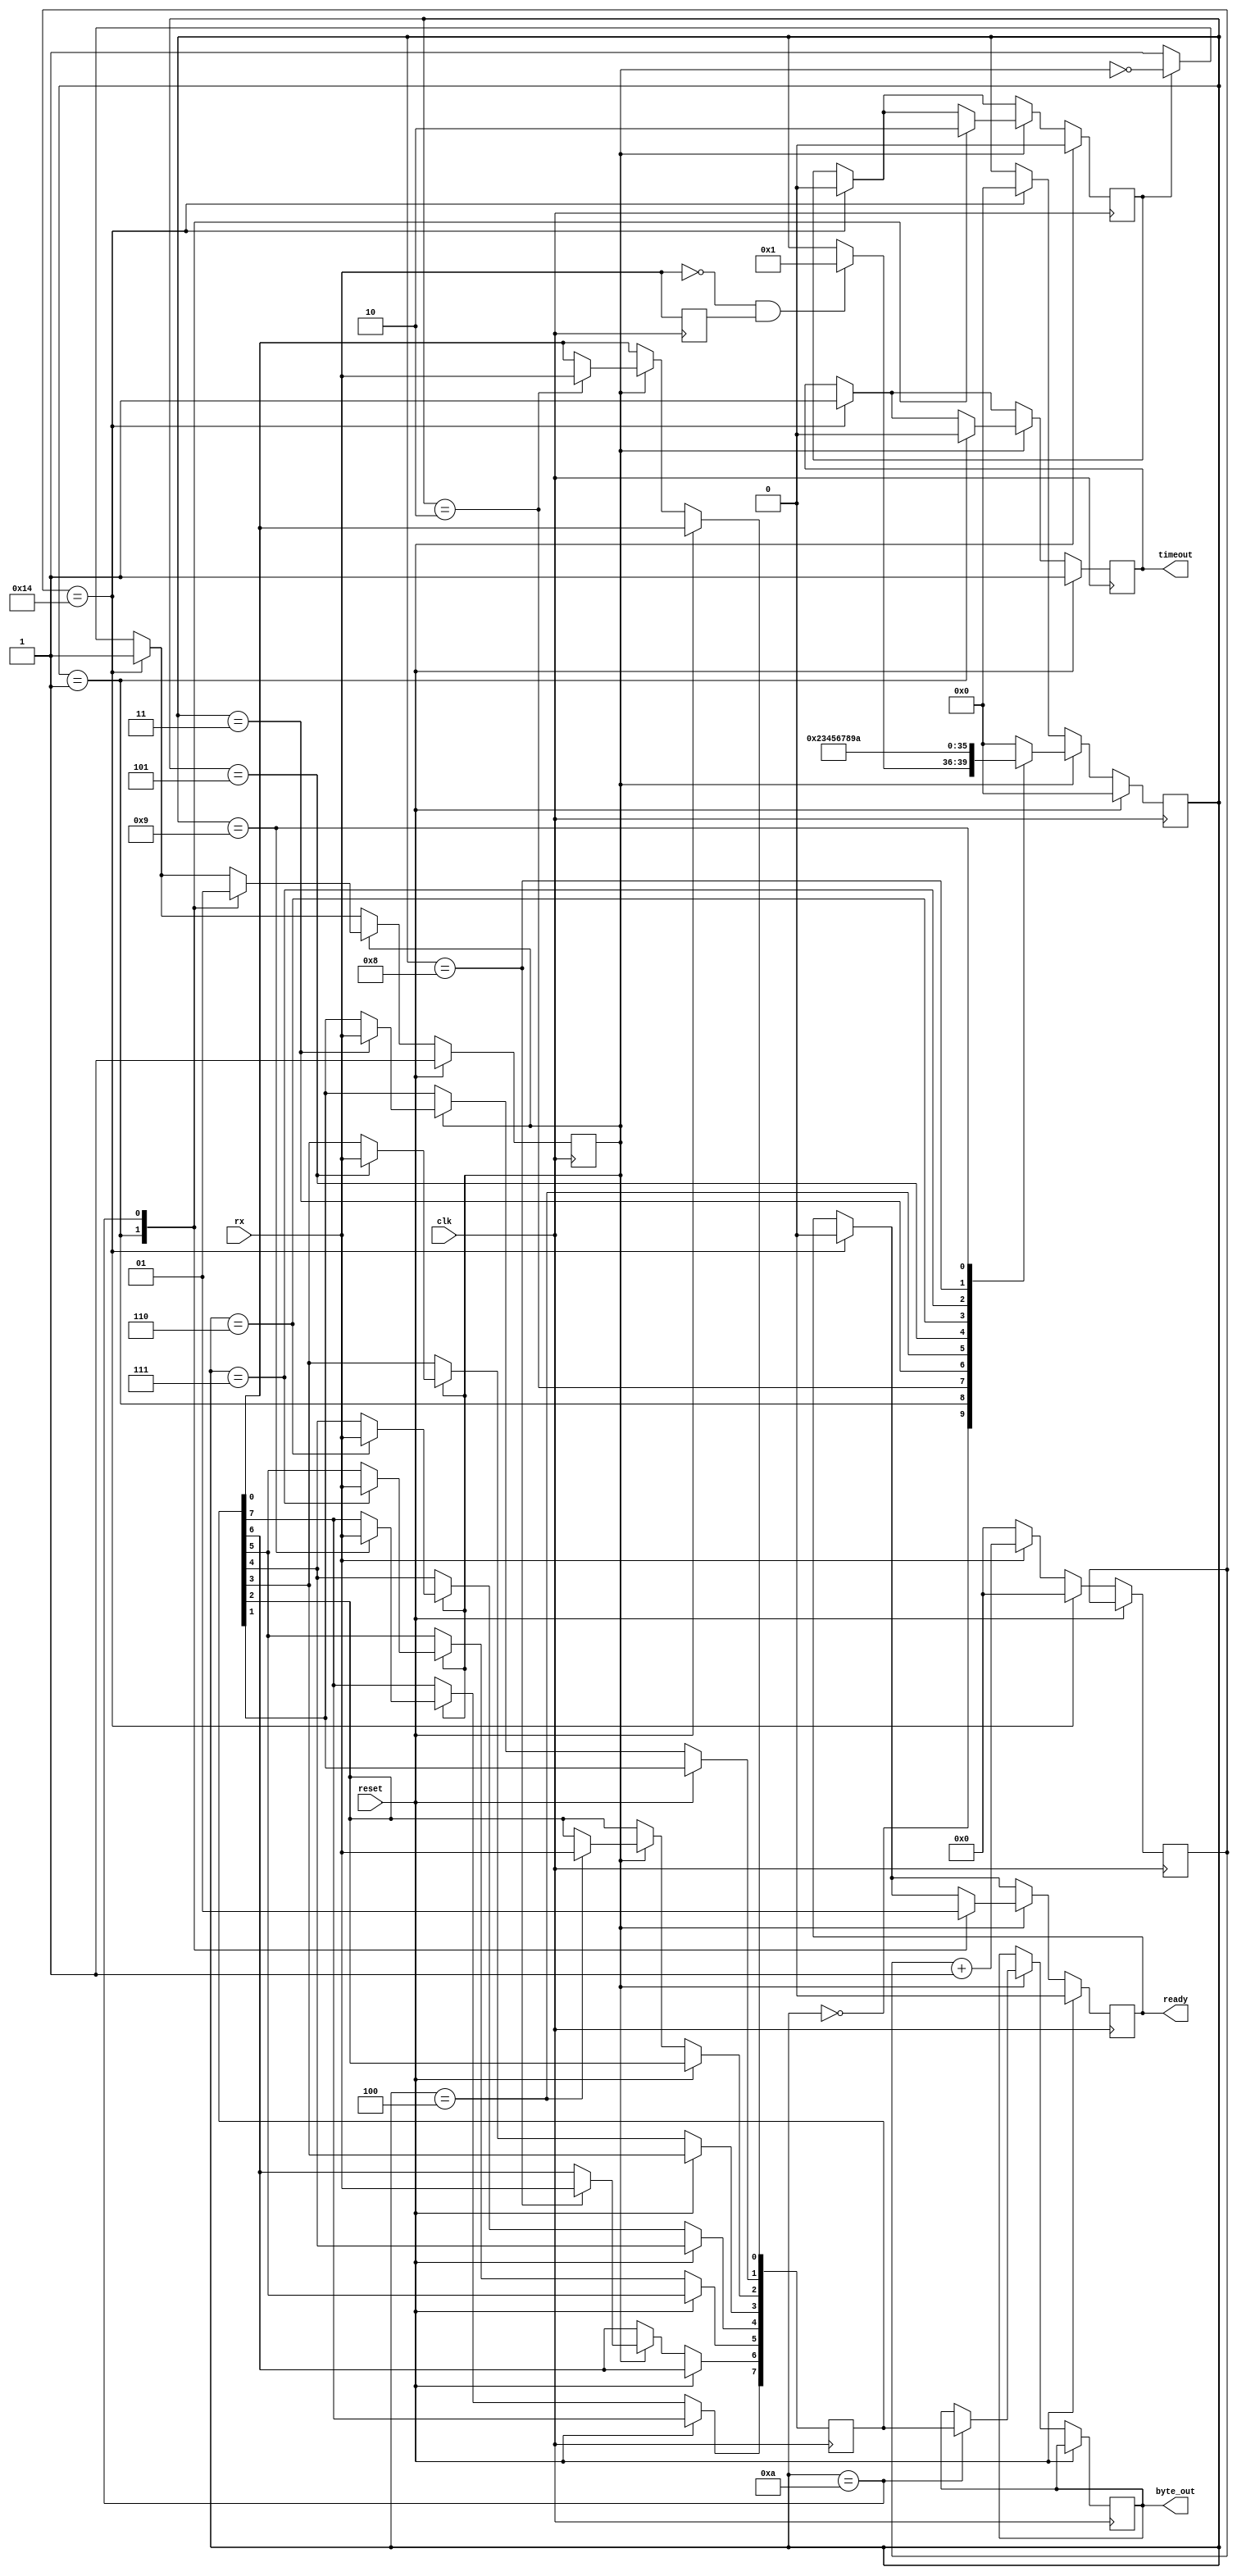
module serial_receiver (clk, rx, reset, byte_out, ready, timeout);

input clk, rx, reset;

output reg [7:0] byte_out;
output reg       ready, timeout;

localparam [4:0] MAX_DELAY = 5'b10100;

localparam [3:0] IDLE  = 4'b0000;
localparam [3:0] START = 4'b0001;
localparam [3:0] ST_0  = 4'b0010;
localparam [3:0] ST_1  = 4'b0011;
localparam [3:0] ST_2  = 4'b0100;
localparam [3:0] ST_3  = 4'b0101;
localparam [3:0] ST_4  = 4'b0110;
localparam [3:0] ST_5  = 4'b0111;
localparam [3:0] ST_6  = 4'b1000;
localparam [3:0] ST_7  = 4'b1001;
localparam [3:0] STOP  = 4'b1010;

reg [7:0] byte_bf   = 8'h00;
reg [3:0] state     = 4'b0000;
reg [4:0] delay_cnt = 5'b00000;

reg pre_strb        = 1'b0;
reg parity_clk      = 1'b0;
reg receiv_flg      = 1'b0;


always @(posedge  clk) begin
	pre_strb <= rx;
	
	if(reset) begin
		ready <= 1'b0;
		timeout <= 1'b1;
		parity_clk <= 1'b1;
		receiv_flg <= 1'b0;
		state <= IDLE;
	end
	else begin
		if(receiv_flg)
			parity_clk <= ~parity_clk;
		else
			parity_clk <= 1'b1;
			
		if(rx)
			delay_cnt <= delay_cnt + 5'b00001;
		else
			delay_cnt <= 5'b00000;
			
		if(delay_cnt == MAX_DELAY) begin
			timeout <= 1'b1;
			delay_cnt <= 5'b00000;
			state <= IDLE;
			parity_clk <= 1'b1;
			receiv_flg <= 1'b0;
			ready <= 1'b0;
		end
		else begin end
		
		if(parity_clk) begin
			case(state)
				IDLE: begin
					if(!rx && pre_strb) begin
						state <= START;
					end
					else begin
						state <= state;
					end
				end
				START: begin
					parity_clk <= 1'b0;
					receiv_flg <= 1'b1;
					timeout <= 1'b0;
					ready <= 1'b0;
					state <= ST_0;
				end
				ST_0: begin byte_bf[0] <= rx; state <= ST_1; end
				ST_1: begin byte_bf[1] <= rx; state <= ST_2; end
				ST_2: begin byte_bf[2] <= rx; state <= ST_3; end
				ST_3: begin byte_bf[3] <= rx; state <= ST_4; end
				ST_4: begin byte_bf[4] <= rx; state <= ST_5; end
				ST_5: begin byte_bf[5] <= rx; state <= ST_6; end
				ST_6: begin byte_bf[6] <= rx; state <= ST_7; end
				ST_7: begin byte_bf[7] <= rx; state <= STOP; end
				STOP: begin
					byte_out <= byte_bf;
					ready <= 1'b1;
					receiv_flg <= 1'b0;
					parity_clk <= 1'b1;
					state <= IDLE;
				end
				default: begin
					state <= IDLE;
				end
			endcase
		end
		else begin end
	end
end
endmodule